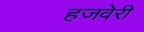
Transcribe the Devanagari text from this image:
हजवेरी